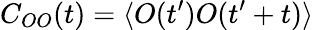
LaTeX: C_{OO}(t)=\langle O(t^{\prime})O(t^{\prime}+t)\rangle